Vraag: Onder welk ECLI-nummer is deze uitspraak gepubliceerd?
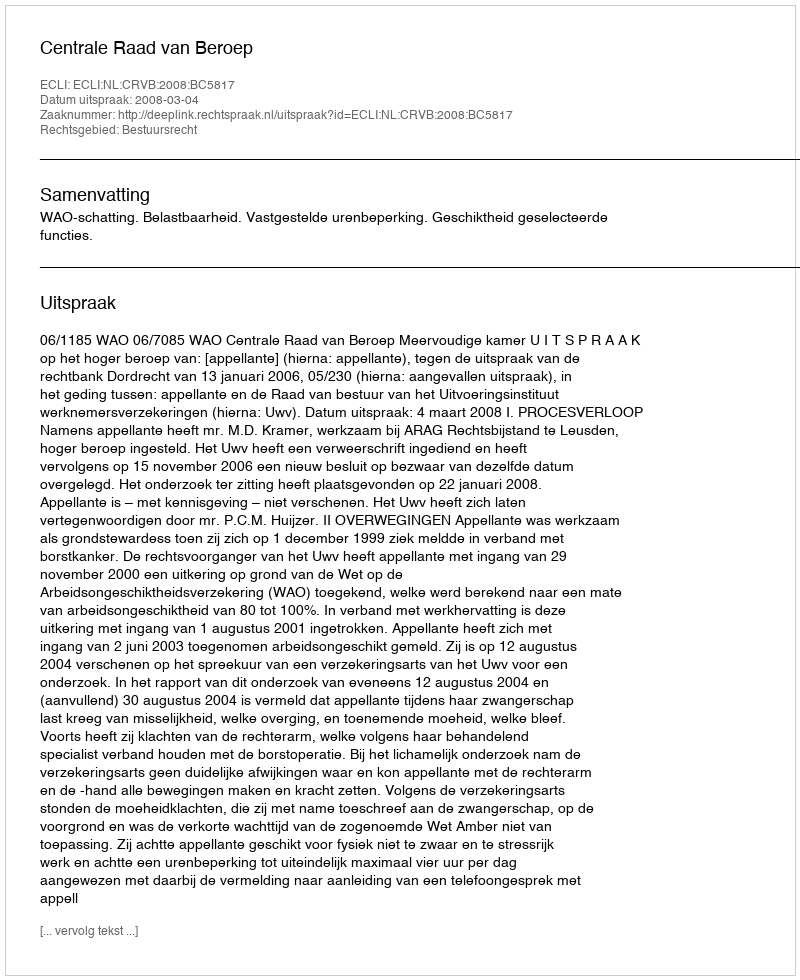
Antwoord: ECLI:NL:CRVB:2008:BC5817